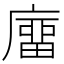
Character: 𢊺